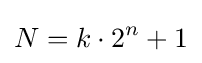
N=k\cdot 2^{n}+1